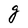
Character: g